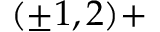
( \pm 1 , 2 ) +